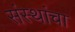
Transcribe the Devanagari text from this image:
संस्‍थांचा